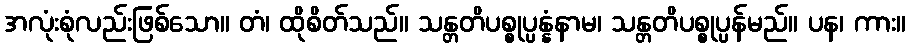
အလုံးစုံလည်းဖြစ်သော။ တံ၊ ထိုစိတ်သည်။ သန္တတိပစ္စုပ္ပန္နံနာမ၊ သန္တတိပစ္စုပ္ပန်မည်။ ပန၊ ကား။